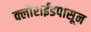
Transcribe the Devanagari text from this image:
क्लोराईडपासून